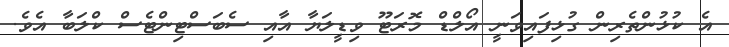
އެ ކުޅުންތެރިން ގުޅިފައިވަނީ އޯލްޑް މޮރަޓޫ ވިޑީލަޔާ އާއި ސެބަސްޓިންޓެސް ކްލަބާ އެވެ.